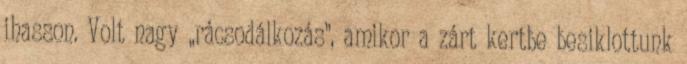
ihasson. Volt nagy „rácsodálko­zás”, amikor a zárt kertbe besiklottunk